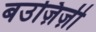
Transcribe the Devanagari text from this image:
बउज़िज़ी